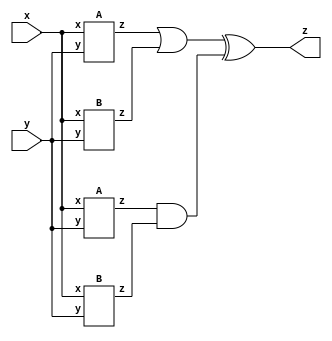
module top_module (input x, input y, output z);
    wire z1, z2, z3, z4;
    A a1(x, y, z1);
    B a2(x, y, z2);
    A a3(x, y, z3);
    B a4(x, y, z4);
    assign z = (z1 || z2) ^ (z3 && z4);
endmodule

module A (input x, input y, output z);
    assign z = (x^y) & x;
endmodule

module B ( input x, input y, output z );
	assign z = x ~^ y;
endmodule